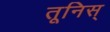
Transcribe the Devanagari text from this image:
तूनिस्